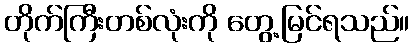
တိုက်ကြီးတစ်လုံးကို တွေ့မြင်ရသည်။